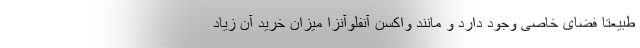
طبیعتا فضای خاصی وجود دارد و مانند واکسن آنفلوآنزا میزان خرید آن زیاد